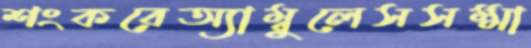
শংকরেঅ্যাম্বুলেসসম্মা